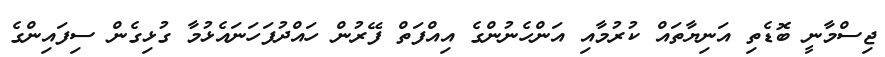
ޖިސްމާނީ ބޮޑެތި އަނިޔާތައް ކުރުމާއި އަންހެނުންގެ އިއްފަތް ފޭރުން ހައްދުފަހަނައެޅުމާ ގުޅިގެން ސިފައިންގެ